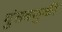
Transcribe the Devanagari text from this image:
गुंतवणुकी